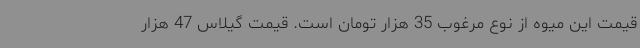
قیمت این میوه از نوع مرغوب 35 هزار تومان است. قیمت گیلاس 47 هزار